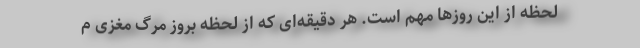
لحظه از این روزها مهم است. هر دقیقه‌ای که از لحظه بروز مرگ مغزی م